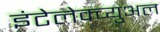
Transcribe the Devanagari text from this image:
इंटेलेक्च्युअल